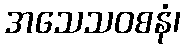
အသေသဝစနံ၊